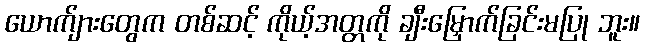
ယောက်ျားတွေက တစ်ဆင့် ကိုယ့်အတ္တကို ချီးမြှောက်ခြင်းမပြု ဘူး။